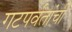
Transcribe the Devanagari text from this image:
गटपर्वतांची